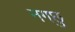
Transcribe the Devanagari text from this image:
नगछु